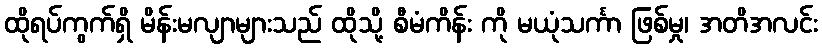
ထိုရပ်ကွက်ရှိ မိန်းမလျာများသည် ထိုသို့ စီမံကိန်း ကို မယုံသင်္ကာ ဖြစ်မှု၊ အတိအလင်း